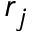
r _ { j }